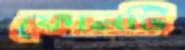
ফোনটি